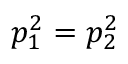
p _ { 1 } ^ { 2 } = p _ { 2 } ^ { 2 }